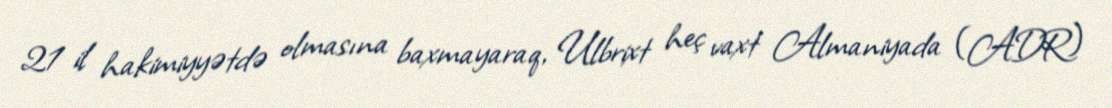
21 il hakimiyyətdə olmasına baxmayaraq, Ulbrixt heç vaxt Almaniyada (ADR)